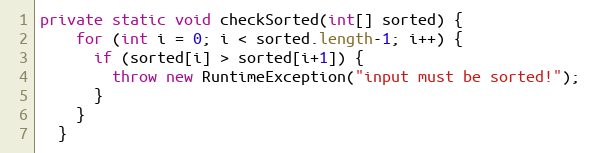
Language: Java
private static void checkSorted(int[] sorted) {
    for (int i = 0; i < sorted.length-1; i++) {
      if (sorted[i] > sorted[i+1]) {
        throw new RuntimeException("input must be sorted!");
      }
    }
  }